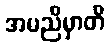
အမညိမှာတိ